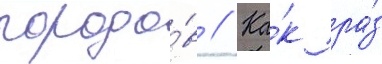
городо́в // Ка́к ра́з